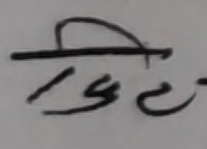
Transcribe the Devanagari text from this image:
विष्टी